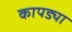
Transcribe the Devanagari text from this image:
कापड्या